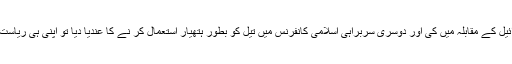
کہا جاتا ہے کہ جب شاہ فیصل نے ساٹھ کی دہائی میں شرق اوسط کی معاشی مدد اور حمایت اسرائیل کے مقابلہ میں کی اور دوسری سربراہی اسلامی کانفرنس میں تیل کو بطور ہتھیار استعمال کر نے کا عندیا دیا تو اپنی ہی ریاست میں بھتیجے کے ہاتھوں شہید کروادیئے گئے کیا قاتل نے بغیر معاوضے کے یہ ظلم کیا ہو گا ؟